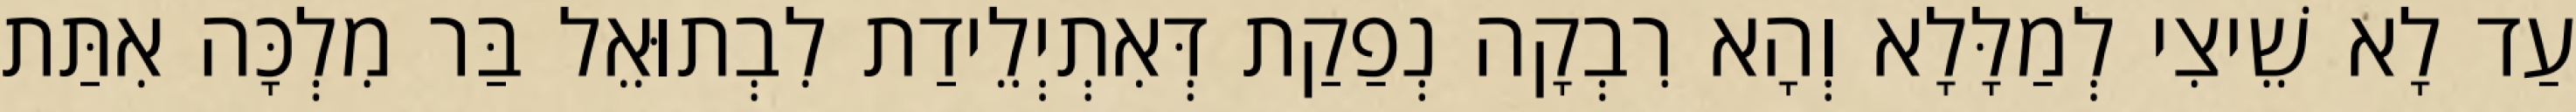
עַד לָא שֵׁיצִי לְמַלָּלָא וְהָא רִבְקָה נְפַקַת דְּאִתְיְלֵידַת לִבְתוּאֵל בַּר מִלְכָּה אִתַּת